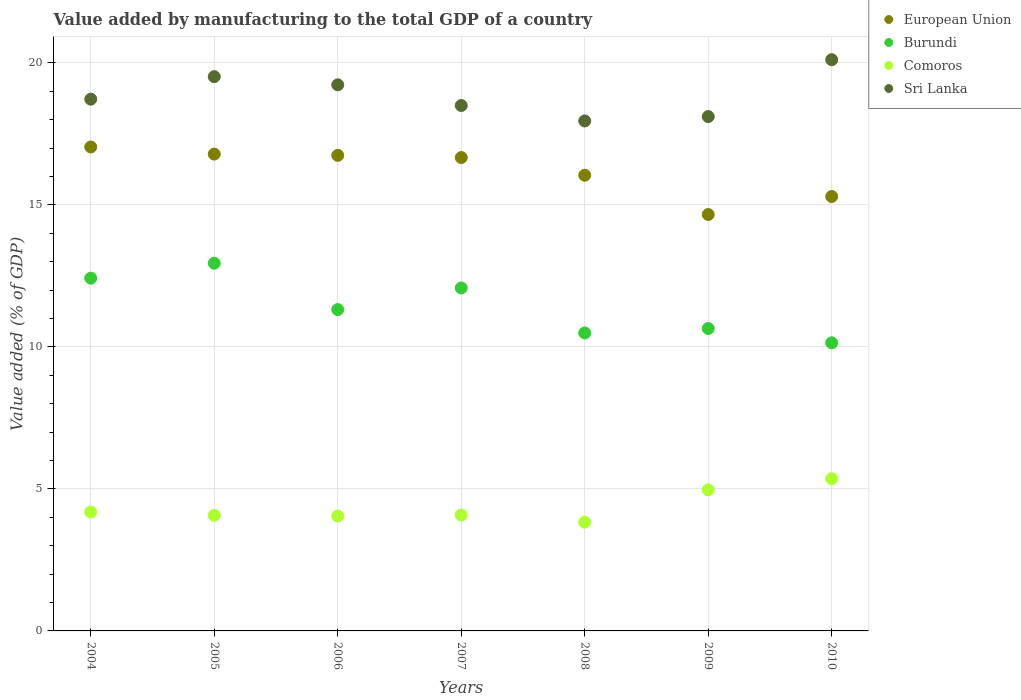
| Years | European Union | Burundi | Comoros | Sri Lanka |
 | --- | --- | --- | --- | --- |
 | 2004 | 17 | 12.4 | 4.19 | 18.7 |
 | 2005 | 16.8 | 12.9 | 4.07 | 19.5 |
 | 2006 | 16.7 | 11.3 | 4.04 | 19.2 |
 | 2007 | 16.7 | 12.1 | 4.08 | 18.5 |
 | 2008 | 16 | 10.5 | 3.83 | 18 |
 | 2009 | 14.7 | 10.6 | 4.97 | 18.1 |
 | 2010 | 15.3 | 10.1 | 5.36 | 20.1 |